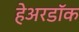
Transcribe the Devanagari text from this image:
हेअरडॉक